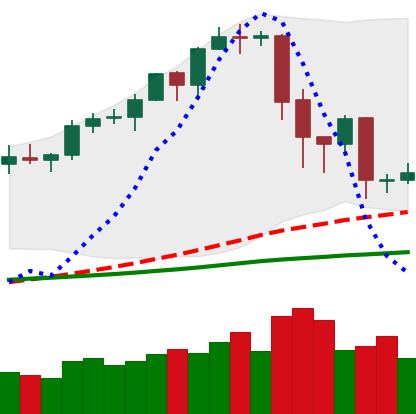
Ticker: EOS-USD
Chart end date: 2020-02-21
Forward return: -13.001%
Label: down_7plus